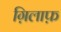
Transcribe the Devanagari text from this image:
ग़िलाफ़